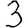
Digit: 3